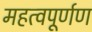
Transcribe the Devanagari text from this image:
महत्वपूर्णण